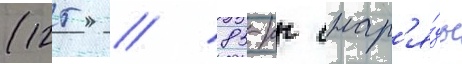
(125 / 85-кг снар'я́ды